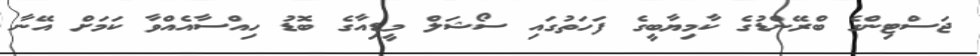
ޖަސްޓިންގެ ބްރޭންޑުގެ ކާމިޔާބީގެ ފަހަތުގައި ސޯޝަލް މީޑިއާގެ ބޮޑު ހިއްސާއެއްވާ ކަމަށް އޭނާ